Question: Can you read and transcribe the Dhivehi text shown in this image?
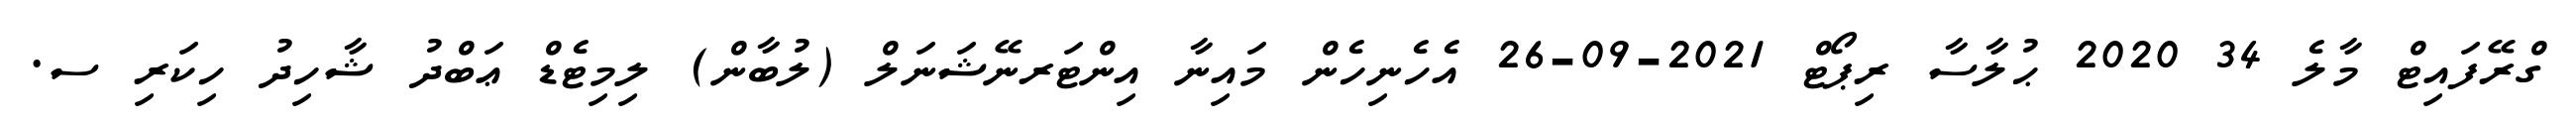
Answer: ގްރޭފައިޓް މާލެ 34 2020 ޙުލާސާ ރިޕޯޓް 2021-09-26 އެހެނިހެން މައިނާ އިންޓަރނޭޝަނަލް (ލުބާން) ލިމިޓެޑް ޢަބްދު ޝާހިދު ހިކަރި ސ.